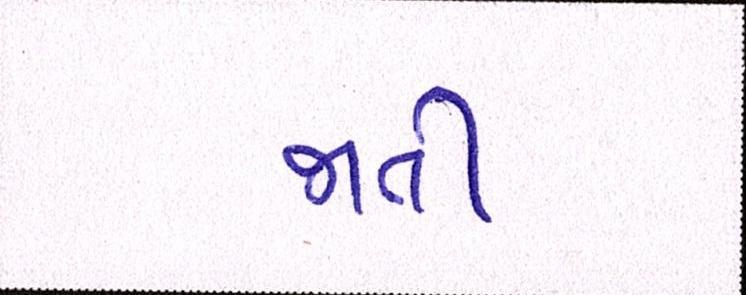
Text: જાતી